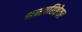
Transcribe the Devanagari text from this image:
श्रमप्रतिष्ठेवर